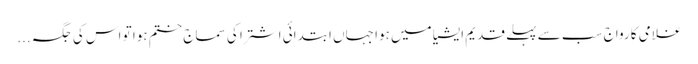
غلامی کا رواج سب سے پہلے قدیم ایشیا میں ہوا جہاں ابتدائی اشتر ا کی سماج ختم ہوا تو اس کی جگہ ...